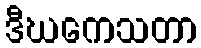
ဒီဃကေသတာ